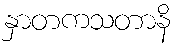
နှာတကသတာနိ